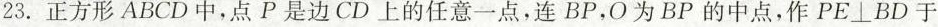
23. 正方形ABCD中，点P是边CD上的任意一点，连BP，O为BP的中点，作PE⊥BD于